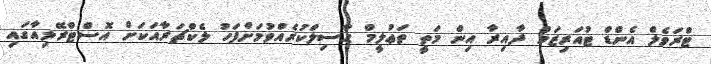
ޓްރަވެލް އެންޑް ޓުއަރިޒަމް ދާއިރާ އިން މަތީ ތަޢުލީމް ޙާސިލްކުރެއްވުމަށްފަހު ލެކްޗަރާއަކަށް އޮސްޓްރޭލިއާގައި